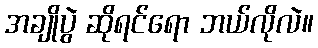
အချိုပွဲ ဆိုရင်ရော ဘယ်လိုလဲ။